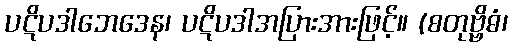
ပဋိပဒါဘေဒေန၊ ပဋိပဒါအပြားအားဖြင့်။ (စတုဗ္ဗိဓံ၊